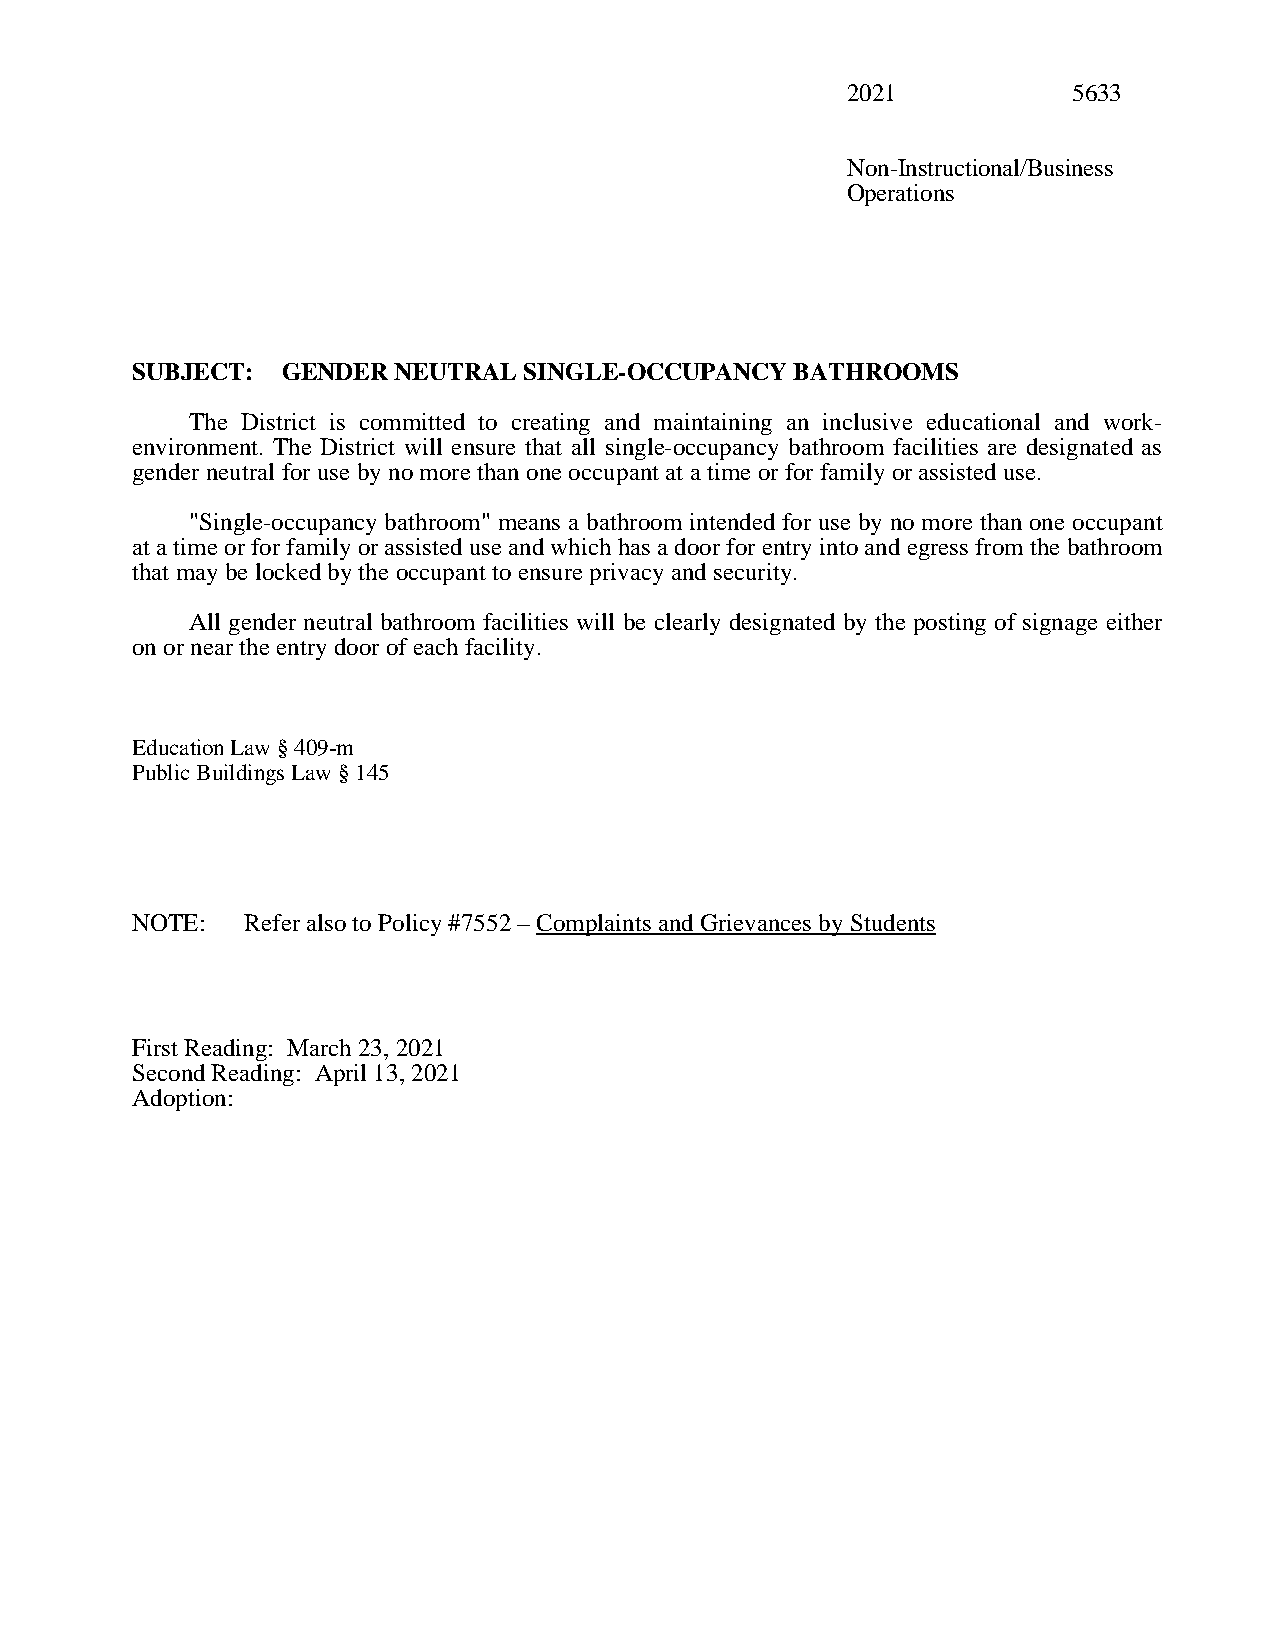
2021           5633
 Non-Instructional/Business
 Operations
 SUBJECT:  GENDER NEUTRAL  SINGLE-OCCUPANCY  BATHROOMS
 The District is committed to creating and maintaining an inclusive educational and work-
 environment. The District will ensure that all single-occupancy bathroom facilities are designated as
 gender neutral for use by no more than one occupant at a time or for family or assisted use.
 "Single-occupancy bathroom" means a bathroom intended for use by no more than one occupant
 at a time or for family or assisted use and which has a door for entry into and egress from the bathroom
 that may be locked by the occupant to ensure privacy and security.
 All gender neutral bathroom facilities will be clearly designated by the posting of signage either
 on or near the entry door of each facility.
 Education Law § 409-m
 Public Buildings Law § 145
 NOTE:  Refer also to Policy #7552 – Complaints and Grievances by Students
 First Reading: March 23, 2021
 Second Reading: April 13, 2021
 Adoption: